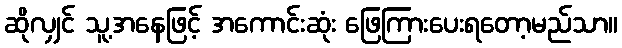
ဆိုလျှင် သူ့အနေဖြင့် အကောင်းဆုံး ဖြေကြားပေးရတော့မည်သာ။